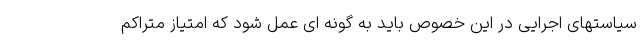
سیاستهای اجرایی در این خصوص باید به گونه ای عمل شود که امتیاز متراکم